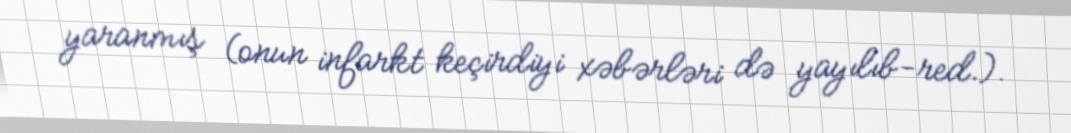
yaranmış (onun infarkt keçirdiyi xəbərləri də yayılıb-red.).